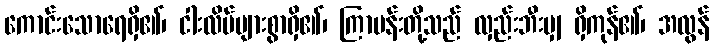
ကောင်းသောရေရှိ၏၊ ငါးလိပ်များစွာရှိ၏၊ ကြာပန်းတို့သည် လှည်းဘီးမျှ ရှိကုန်၏၊ အလွန်